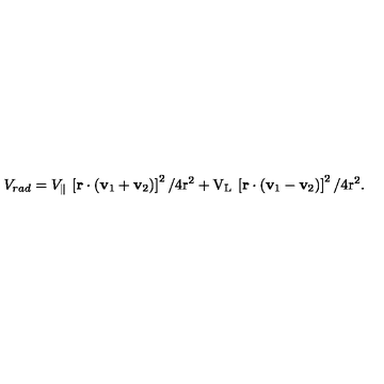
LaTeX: V _ { r a d } = V _ { \| } \: \left[ \bf r \cdot \left( v _ { \mathrm { 1 } } + v _ { \mathrm { 2 } } \right) \right] ^ { \mathrm { 2 } } / 4 \mathrm { r ^ { 2 } + V _ { L } \: \left[ \bf r \cdot \left( v _ { \mathrm { 1 } } - v _ { \mathrm { 2 } } \right) \right] ^ { \mathrm { 2 } } / 4 \mathrm { r ^ { 2 } . } }